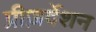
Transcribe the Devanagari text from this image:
प्रीज़र्वेशन